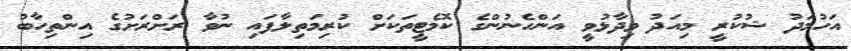
އަހުމަދު ޝުކުރީ މިއަދު ވިދާޅުވީ އަންހެނުންގެ ކޮމެޓީތަކަށް ކުރިމަތިލާފައި ނުވާ ރަށްރަށުގެ އިންތިހާބު